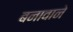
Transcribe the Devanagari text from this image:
बनावाने